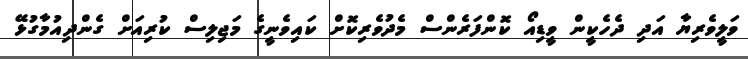
ވަލީވެރިޔާ އަދި ދެހެކީން ވީޑިއޯ ކޮންފަރެންސް މެދުވެރިކޮށް ކައިވެނީގެ މަޖިލިސް ކުރިއަށް ގެންދިއުމާގުޅޭ